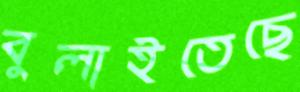
বুলাইতেছে